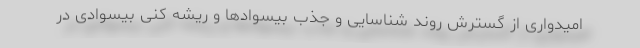
امیدواری از گسترش روند شناسایی و جذب بیسوادها و ریشه کنی بیسوادی در